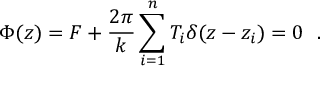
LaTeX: \Phi ( z ) = F + \frac { 2 \pi } { k } \sum _ { i = 1 } ^ { n } T _ { i } \delta ( z - z _ { i } ) = 0 \ \ .